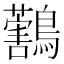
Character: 𪇜